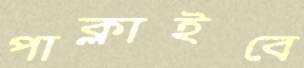
পাক্‌লাইবে